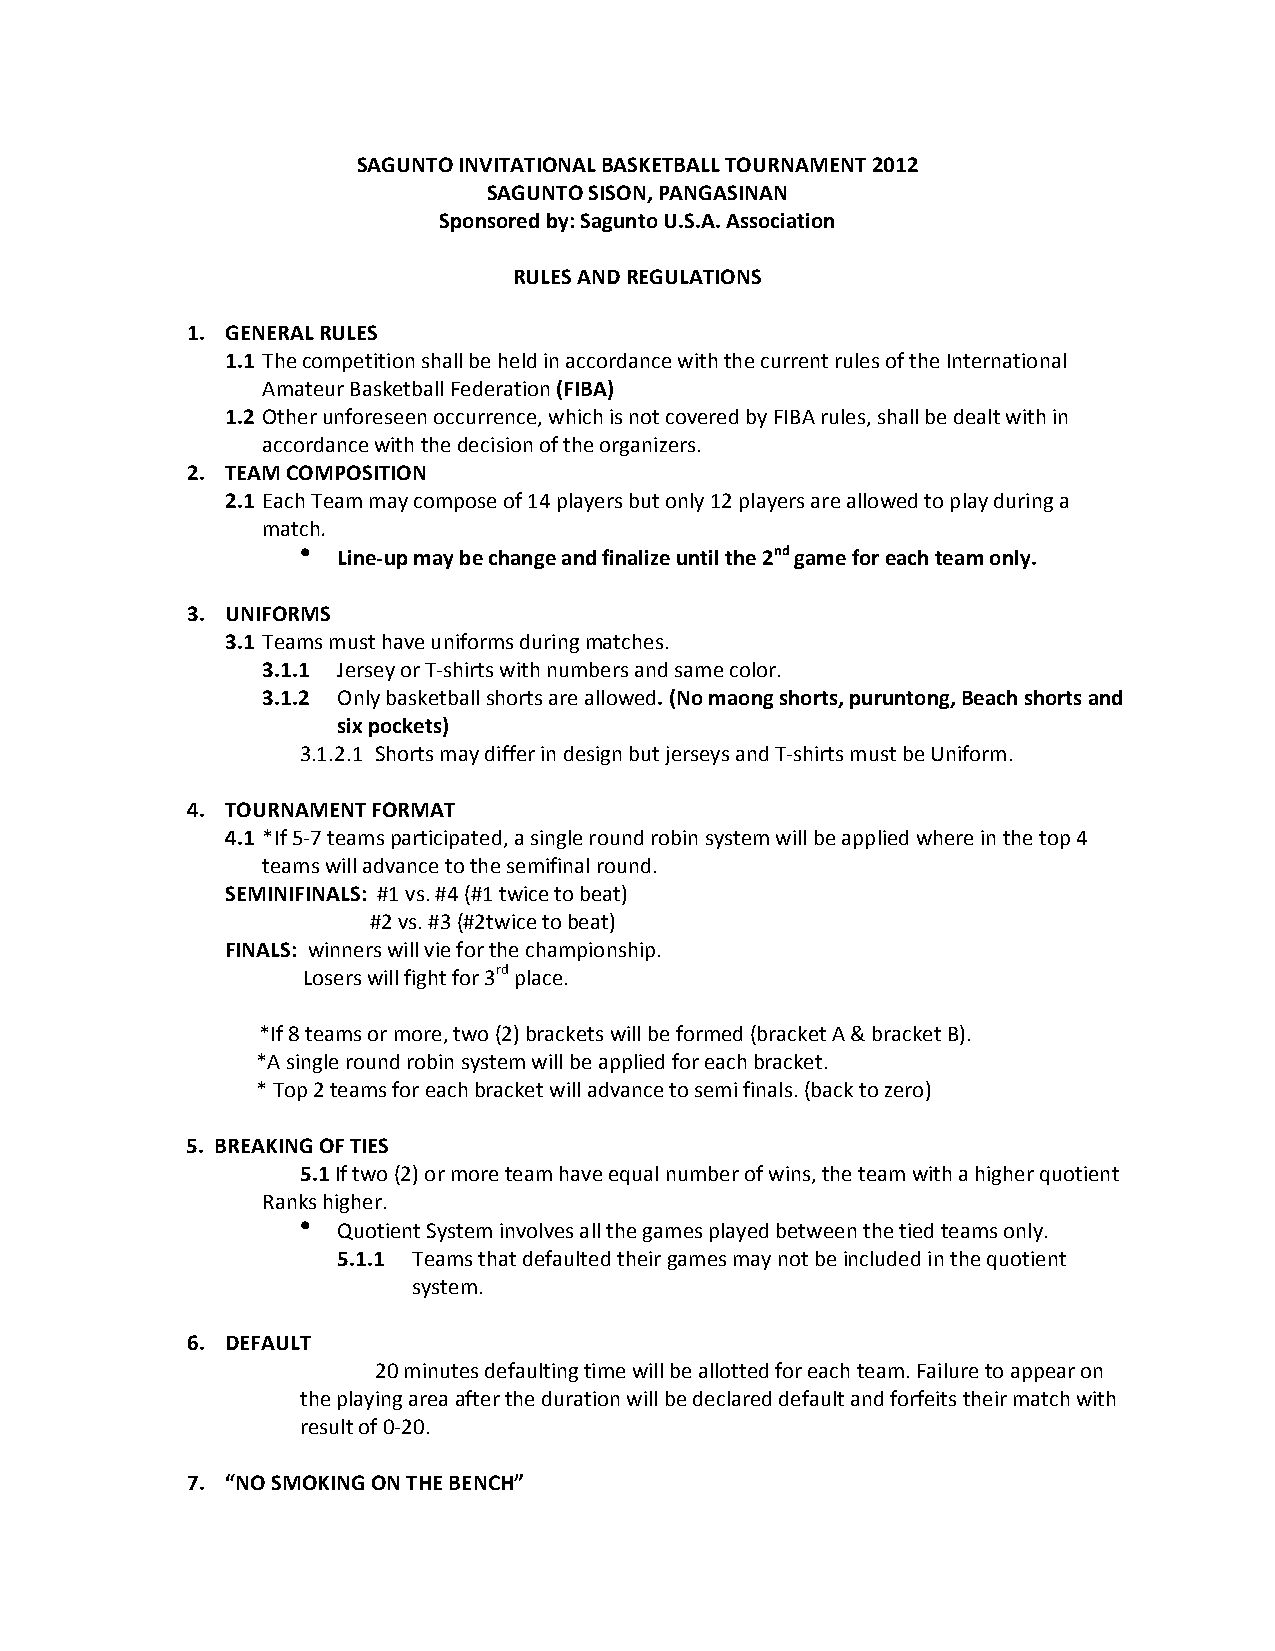
SAGUNTO INVITATIONAL BASKETBALL TOURNAMENT 2012
 SAGUNTO SISON, PANGASINAN
 Sponsored by: Sagunto U.S.A. Association
 RULES AND REGULATIONS
 1. GENERAL RULES
 1.1 The competition shall be held in accordance with the current rules of the International
 Amateur Basketball Federation (FIBA)
 1.2 Other unforeseen occurrence, which is not covered by FIBA rules, shall be dealt with in
 accordance with the decision of the organizers.
 2. TEAM COMPOSITION
 2.1 Each Team may compose of 14 players but only 12 players are allowed to play during a
 match.
  Line‐up may be change and finalize until the 2nd game for each team only.
 3. UNIFORMS
 3.1 Teams must have uniforms during matches.
 3.1.1 Jersey or T‐shirts with numbers and same color.
 3.1.2 Only basketball shorts are allowed. (No maong shorts, puruntong, Beach shorts and
 six pockets)
 3.1.2.1 Shorts may differ in design but jerseys and T‐shirts must be Uniform.
 4. TOURNAMENT FORMAT
 4.1 *If 5‐7 teams participated, a single round robin system will be applied where in the top 4
 teams will advance to the semifinal round.
 SEMINIFINALS: #1 vs. #4 (#1 twice to beat)
 #2 vs. #3 (#2twice to beat)
 FINALS: winners will vie for the championship.
 Losers will fight for 3rd place.
 *If 8 teams or more, two (2) brackets will be formed (bracket A & bracket B).
 *A single round robin system will be applied for each bracket.
 * Top 2 teams for each bracket will advance to semi finals. (back to zero)
 5. BREAKING OF TIES
 5.1 If two (2) or more team have equal number of wins, the team with a higher quotient
 Ranks higher.
 
 Quotient System involves all the games played between the tied teams only.
 5.1.1 Teams that defaulted their games may not be included in the quotient
 system.
 6. DEFAULT
 20 minutes defaulting time will be allotted for each team. Failure to appear on
 the playing area after the duration will be declared default and forfeits their match with
 result of 0‐20.
 7. “NO SMOKING ON THE BENCH”